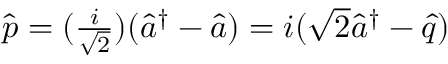
\begin{array} { r } { \hat { p } = ( \frac { i } { \sqrt { 2 } } ) ( \hat { a } ^ { \dagger } - \hat { a } ) = i ( \sqrt { 2 } \hat { a } ^ { \dagger } - \hat { q } ) } \end{array}